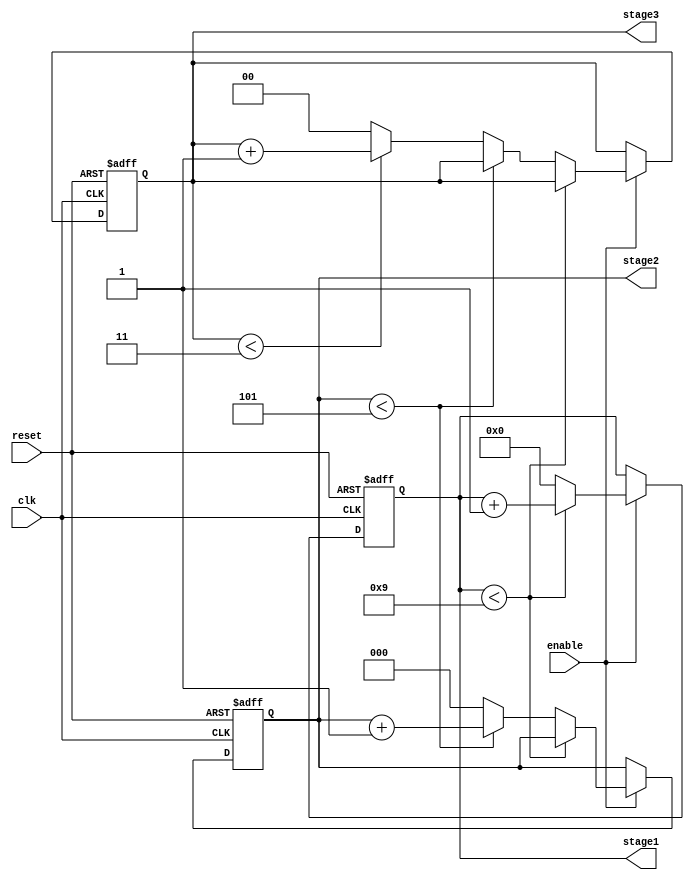
module mixed_radix_counter (
    input wire clk,         // Clock input
    input wire reset,       // Asynchronous reset
    input wire enable,      // Enable signal
    output reg [3:0] stage1, // Stage 1 output (radix 10)
    output reg [2:0] stage2, // Stage 2 output (radix 6)
    output reg [1:0] stage3  // Stage 3 output (radix 4)
);

    // Maximum values for each stage based on their respective radices
    localparam STAGE1_MAX = 10; // Radix 10
    localparam STAGE2_MAX = 6;  // Radix 6
    localparam STAGE3_MAX = 4;  // Radix 4

    always @(posedge clk or posedge reset) begin
        if (reset) begin
            // Asynchronous reset
            stage1 <= 0;
            stage2 <= 0;
            stage3 <= 0;
        end else if (enable) begin
            // Increment the least significant stage (stage 1)
            if (stage1 < STAGE1_MAX - 1) begin
                stage1 <= stage1 + 1;
            end else begin
                stage1 <= 0; // Reset stage 1

                // Increment stage 2
                if (stage2 < STAGE2_MAX - 1) begin
                    stage2 <= stage2 + 1;
                end else begin
                    stage2 <= 0; // Reset stage 2

                    // Increment stage 3
                    if (stage3 < STAGE3_MAX - 1) begin
                        stage3 <= stage3 + 1;
                    end else begin
                        stage3 <= 0; // Reset stage 3
                    end
                end
            end
        end
    end
endmodule